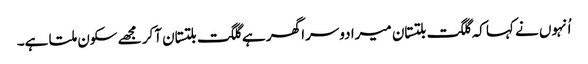
اُنہوں نے کہا کہ گلگت بلتستان میرا دوسرا گھر ہے گلگت بلتستان آکر مجھے سکون ملتا ہے۔